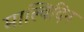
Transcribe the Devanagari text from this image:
माल्विदिन